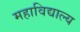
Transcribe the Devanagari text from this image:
महाविद्याल्य